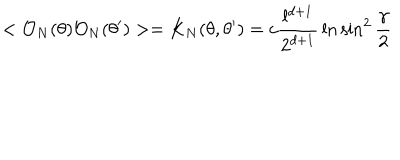
< { \cal O } _ { N } ( \theta ) { \cal O } _ { N } ( \theta ^ { \prime } ) > = K _ { N } ( \theta , \theta ^ { \prime } ) = c { \frac { l ^ { d + 1 } } { 2 ^ { d + 1 } } } \ln \sin ^ { 2 } { \frac { \gamma } { 2 } }